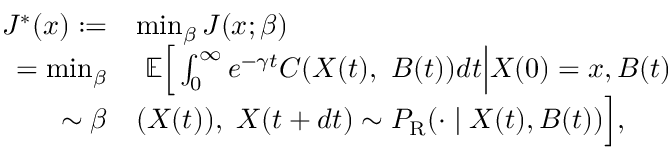
\begin{array} { r l } { J ^ { * } ( x ) : = } & { \operatorname* { m i n } _ { \beta } J ( x ; \beta ) } \\ { = \operatorname* { m i n } _ { \beta } } & { \ \mathbb { E } \Big [ \int _ { 0 } ^ { \infty } e ^ { - \gamma t } C ( X ( t ) , \ B ( t ) ) d t \Big \vert X ( 0 ) = x , B ( t ) } \\ { \sim \beta } & { ( X ( t ) ) , \ X ( t + d t ) \sim P _ { \mathrm { R } } ( \cdot \mid X ( t ) , B ( t ) ) \Big ] , } \end{array}